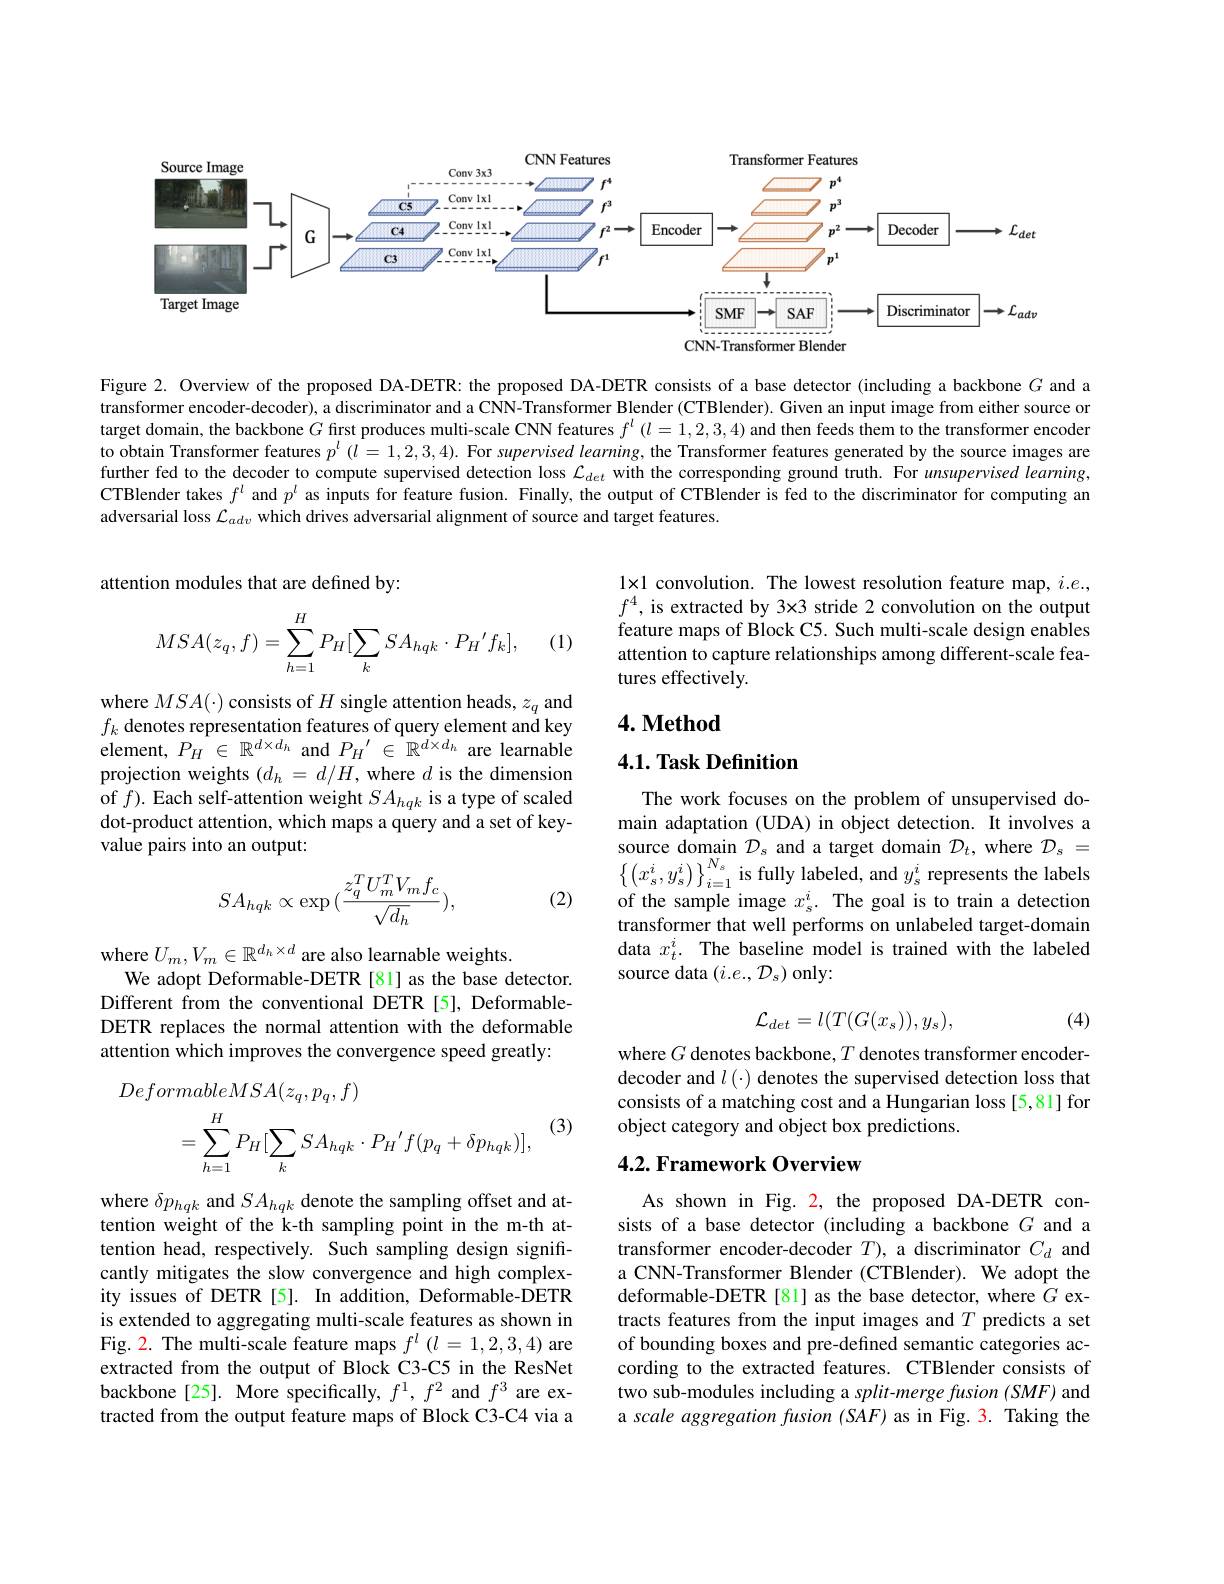
<FigureHere>

Figure 2. Overview of the proposed DA-DETR: the proposed DA-DETR consists of a base detector (including a backbone $G$ and a transformer encoder-decoder), a discriminator and a CNN-Transformer Blender (CTBlender). Given an input image from either source or target domain, the backbone $G$ first produces multi-scale CNN features $f^l\left(l=1,2,3,4\right)$ and then feeds them to the transformer encoder to obtain Transformer features $p^l\left(l=1,2,3,4\right).$ For supervised learning, the Transformer features generated by the source images are further fed to the decoder to compute supervised detection loss $\mathcal{L}_det$ with the corresponding ground truth. For unsupervised learning CTBlender takes $f^l$ and $p^l$ as inputs for feature fusion. Finally, the output of CTBlender is fed to the discriminator for computing an adversarial loss $\mathcal{L}_{adv}$ which drives adversarial alignment of source and target features.

attention modules that are defined by:

1x1 convolution. The lowest resolution feature map, $i.e.$, $f^4$, is extracted by 3×3 stride 2 convolution on the output feature maps of Block C5. Such multi-scale design enables attention to capture relationships among different-scale features effectively.
$$MSA(z_q,f)=\sum_{h=1}^HP_H[\sum_kSA_{hqk}\cdot P_H'f_k],$$
(1)

## $4. \textbf{Method}$

## 4.1. Task Definition

where $MSA(\cdot)$ consists of $H$ single attention heads, $z_q$ and $\begin{array}{l}f_{k}\text{ denotes representation features of query element and key}\\\text{element, }P_{H}\in\mathbb{R}^{d\times d_{h}}\mathrm{~and~}P_{H}^{\prime}\in\mathbb{R}^{d\times d_{h}}\mathrm{~are~learnable}\end{array}$ projection weights $(d_h=d/H$, where $d$ is the dimension of $f).$ Each self-attention weight $SA_{hqk}$ is a type of scaled dot-product attention, which maps a query and a set of keyvalue pairs into an output:

The work focuses on the problem of unsupervised domain adaptation (UDA) in object detection. It involves a source domain $\mathcal{D}_s$ and a target domain $\mathcal{D}_t$, where $\mathcal{D}_s=$ $\left\{\left(x_{s}^{i},y_{s}^{i}\right)\right\}_{i=1}^{N_{s}}$ is fully labeled, and $y_{s}^{i}$ represents the labels of the sample image $x_s^i.$ The goal is to train a detection transformer that well performs on unlabeled target-domain data $x_t^i.$ The baseline model is trained with the labeled source data $(i.e.,\mathcal{D}_s)$ only:

(2)
$$SA_{hqk}\propto\exp{(\frac{z_q^TU_m^TV_mf_c}{\sqrt{d_h}})},$$
where $U_m,V_m\in\mathbb{R}^{d_h\times d}$ are also learnable weights.
We adopt Deformable-DETR [81] as the base detector. Different from the conventional DETR [5], DeformableDETR replaces the normal attention with the deformable attention which improves the convergence speed greatly:

(4)
$$\mathcal{L}_{det}=l(T(G(x_s)),y_s),$$
where $G$ denotes backbone, $T$ denotes transformer encoderdecoder and $l\left(\cdot\right)$ denotes the supervised detection loss that consists of a matching cost and a Hungarian loss [5,81] for object category and object box predictions.
$$\begin{aligned}DeformableMSA(z_{q},p_{q},f)\\&=\sum_{h=1}^{H}P_{H}[\sum_{k}SA_{hqk}\cdot P_{H}{}^{\prime}f(p_{q}+\delta p_{hqk})],\end{aligned}$$
(3)

## 4.2. Framework Overview

where $\delta p_{hqk}$ and $SA_{hqk}$ denote the sampling offset and attention weight of the k-th sampling point in the m-th attention head, respectively. Such sampling design significantly mitigates the slow convergence and high complexity issues of DETR [5]. In addition, Deformable-DETR is extended to aggregating multi-scale features as shown in Fig. 2. The multi-scale feature maps $f^l(l=1,2,3,4)$ are extracted from the output of Block C3-C5 in the ResNet backbone [25]. More specifically, $f^1,f^2$ and $f^3$ are extracted from the output feature maps of Block C3-C4 via a

As shown in Fig. 2, the proposed DA-DETR consists of a base detector (including a backbone $G$ and a transformer encoder-decoder $T)$, a discriminator $C_d$ and a CNN-Transformer Blender (CTBlender). We adopt the deformable-DETR [81] as the base detector, where $\hat{G}$ extracts features from the input images and $T$ predicts a set of bounding boxes and pre-defined semantic categories according to the extracted features. CTBlender consists of two sub-modules including a split-merge fusion (SMF) and a scale aggregation fusion (SAF) as in Fig. 3. Taking the